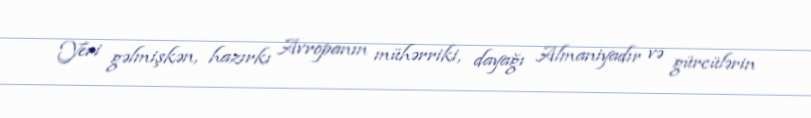
Yeri gəlmişkən, hazırkı Avropanın mühərriki, dayağı Almaniyadır və gürcülərin